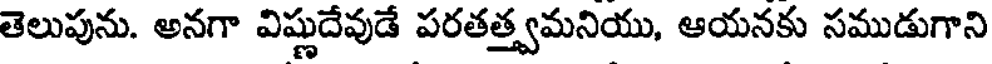
తెలుపును. అనగా విష్ణుదేవుడే పరతత్త్వమనియు, ఆయనకు సముడుగాని